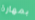
بمهارة